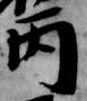
丙